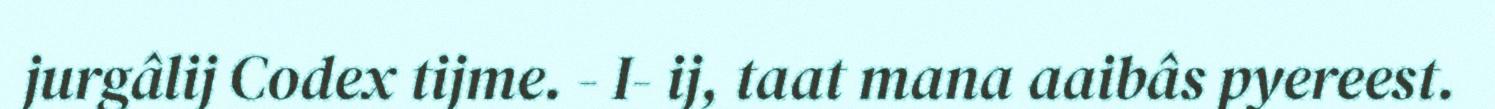
jurgâlij Codex tijme. - I- ij, taat mana aaibâs pyereest.